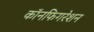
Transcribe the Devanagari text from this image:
कॉनफिगरेशन